Insane asylums Bombay 1873-77 - 1873-1877
Year: 1873
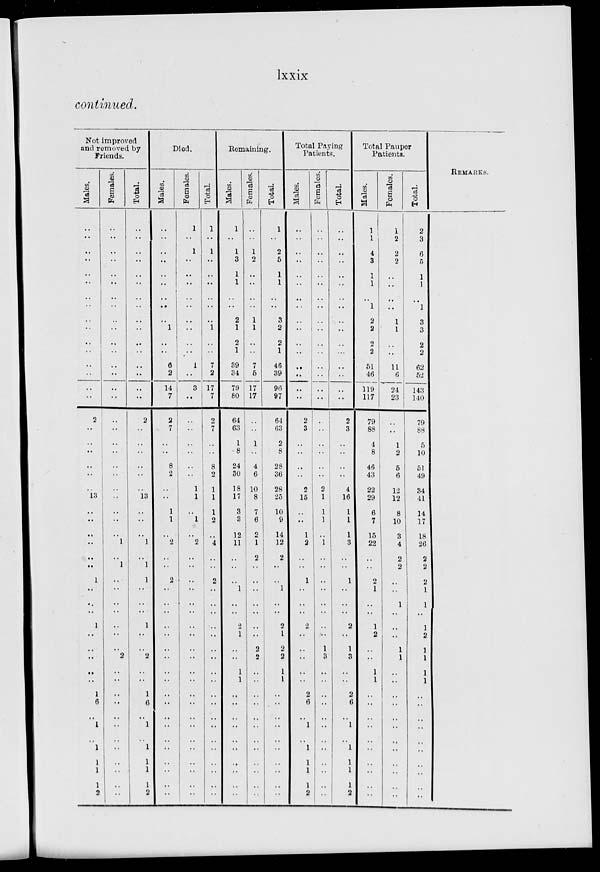
lxxix
continued.
Not improved
and removed by
Friends.
Males.
..
..
..
..
..
..
..
..
..
..
..
..
..
..
..
2
..
..
..
..
..
..
13
..
..
..
..
..
..
1
..
..
..
1
..
..
..
..
..
1
6
..
1
..
1
1
1
1
2
Females.
..
..
..
..
..
..
..
..
..
..
..
..
..
..
..
..
..
..
..
..
..
..
..
..
..
..
1
..
1
..
..
..
..
..
..
..
2
..
..
..
..
..
..
..
..
..
..
..
Total.
..
..
..
..
..
..
..
..
..
..
..
..
..
..
..
2
..
..
..
..
..
..
13
..
..
..
1
..
1
1
..
..
..
1
..
..
2
..
..
1
6
..
1
..
1
1
1
1
2
Died.
Males.
..
..
..
..
..
..
..
..
..
1
..
..
6
2
14
7
2
7
..
..
8
2
..
..
1
1
..
2
..
..
2
..
..
..
..
..
..
..
..
..
..
..
..
..
..
..
..
..
..
..
Females.
1
..
1
..
..
..
..
..
..
..
..
..
1
..
3
..
..
..
..
..
..
..
1
1
..
1
..
2
..
..
..
..
..
..
..
..
..
..
..
..
..
..
..
..
..
..
..
..
..
..
Total.
1
..
1
..
..
..
..
..
..
1
..
..
7
2
17
7
2
7
..
..
8
2
1
1
1
2
..
4
..
..
2
..
..
..
..
..
..
..
..
..
..
..
..
..
..
..
..
..
..
..
Remaining.
Males.
1
..
1
3
1
1
..
..
2
1
2
1
39
34
79
80
64
63
1
8
24
30
18
17
3
3
12
11
..
..
..
1
..
..
2
1
..
..
1
1
..
..
..
..
..
..
..
..
..
..
Females.
..
..
1
2
..
..
..
..
1
1
..
..
7
5
17
17
..
..
1
..
4
6
10
8
7
6
2
1
2
..
..
..
..
..
..
..
2
2
..
..
..
..
..
..
..
..
..
..
..
..
Total.
1
..
2
5
1
1
..
..
3
2
2
1
46
39
96
97
64
63
2
8
28
36
28
25
10
9
14
12
2
..
..
1
..
..
2
1
2
2
1
1
..
..
..
..
..
..
..
..
..
..
Total Paying
Patients.
Males.
..
..
..
..
..
..
..
..
..
..
..
..
..
..
..
..
2
3
..
..
..
..
2
15
..
..
1
2
..
..
1
..
..
..
2
..
..
..
..
..
2
6
..
1
..
1
1
1
1
2
Females.
..
..
..
..
..
..
..
..
..
..
..
..
..
..
..
..
..
..
..
..
..
..
2
1
1
1
..
1
..
..
..
..
..
..
..
..
1
3
..
..
..
..
..
..
..
..
..
..
..
..
Total.
..
..
..
..
..
..
..
..
..
..
..
..
..
..
..
..
2
3
..
..
..
..
4
16
1
1
1
3
..
..
1
..
..
..
2
..
1
3
..
..
2
6
..
1
..
1
1
1
1
2
Total Pauper
Patients.
Males.
1
1
4
3
1
1
..
1
2
2
2
2
51
46
119
117
79
88
4
8
46
43
22
29
6
7
15
22
..
..
2
1
..
..
1
2
..
..
1
1
..
..
..
..
..
..
..
..
..
..
Females.
1
2
2
2
..
..
..
..
1
1
..
..
11
6
24
23
..
..
1
2
5
6
12
12
8
10
3
4
2
2
..
..
1
..
..
..
1
1
..
..
..
..
..
..
..
..
..
..
..
..
Total.
2
3
6
5
1
1
..
1
3
3
2
2
62
52
143
140
79
88
5
10
51
49
34
41
14
17
18
26
2
2
2
1
1
..
1
2
1
1
1
1
..
..
..
..
..
..
..
..
..
..
REMARKS.